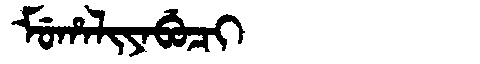
Manchu: ᠮᡠᡥᠠᠯᡳᠶᠠᠪᡠᠴᡳ
Romanization: MUHALIYABUCI